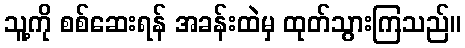
သူ့ကို စစ်ဆေးရန် အခန်းထဲမှ ထုတ်သွားကြသည်။